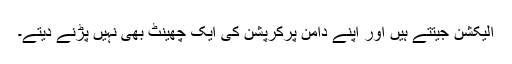
الیکشن جیتتے ہیں اور اپنے دامن پرکرپشن کی ایک چھینٹ بھی نہیں پڑنے دیتے۔